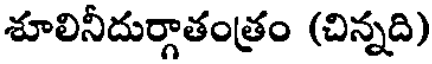
శూలినీదుర్గాతంత్రం (చిన్నది)